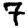
Digit: 7